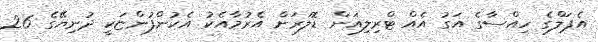
އެޕަލްގެ ހިއްސާގެ އަގު އެއް ޓްރިލިއަން ޑޮލަރަށް އެރުމާއެކު އެކުންފުންޏަކީ ދުނިޔޭގެ 26